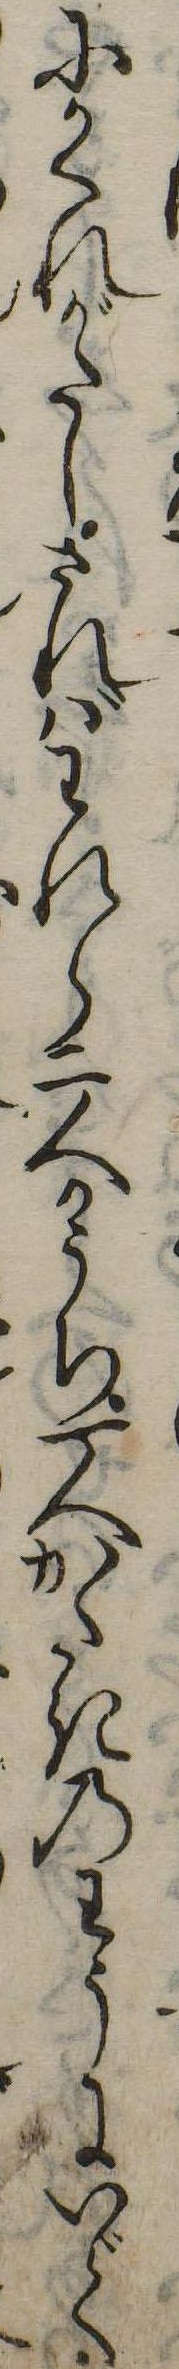
にかくれがたしさればわれら二人かうち一人かたきのわうにいで